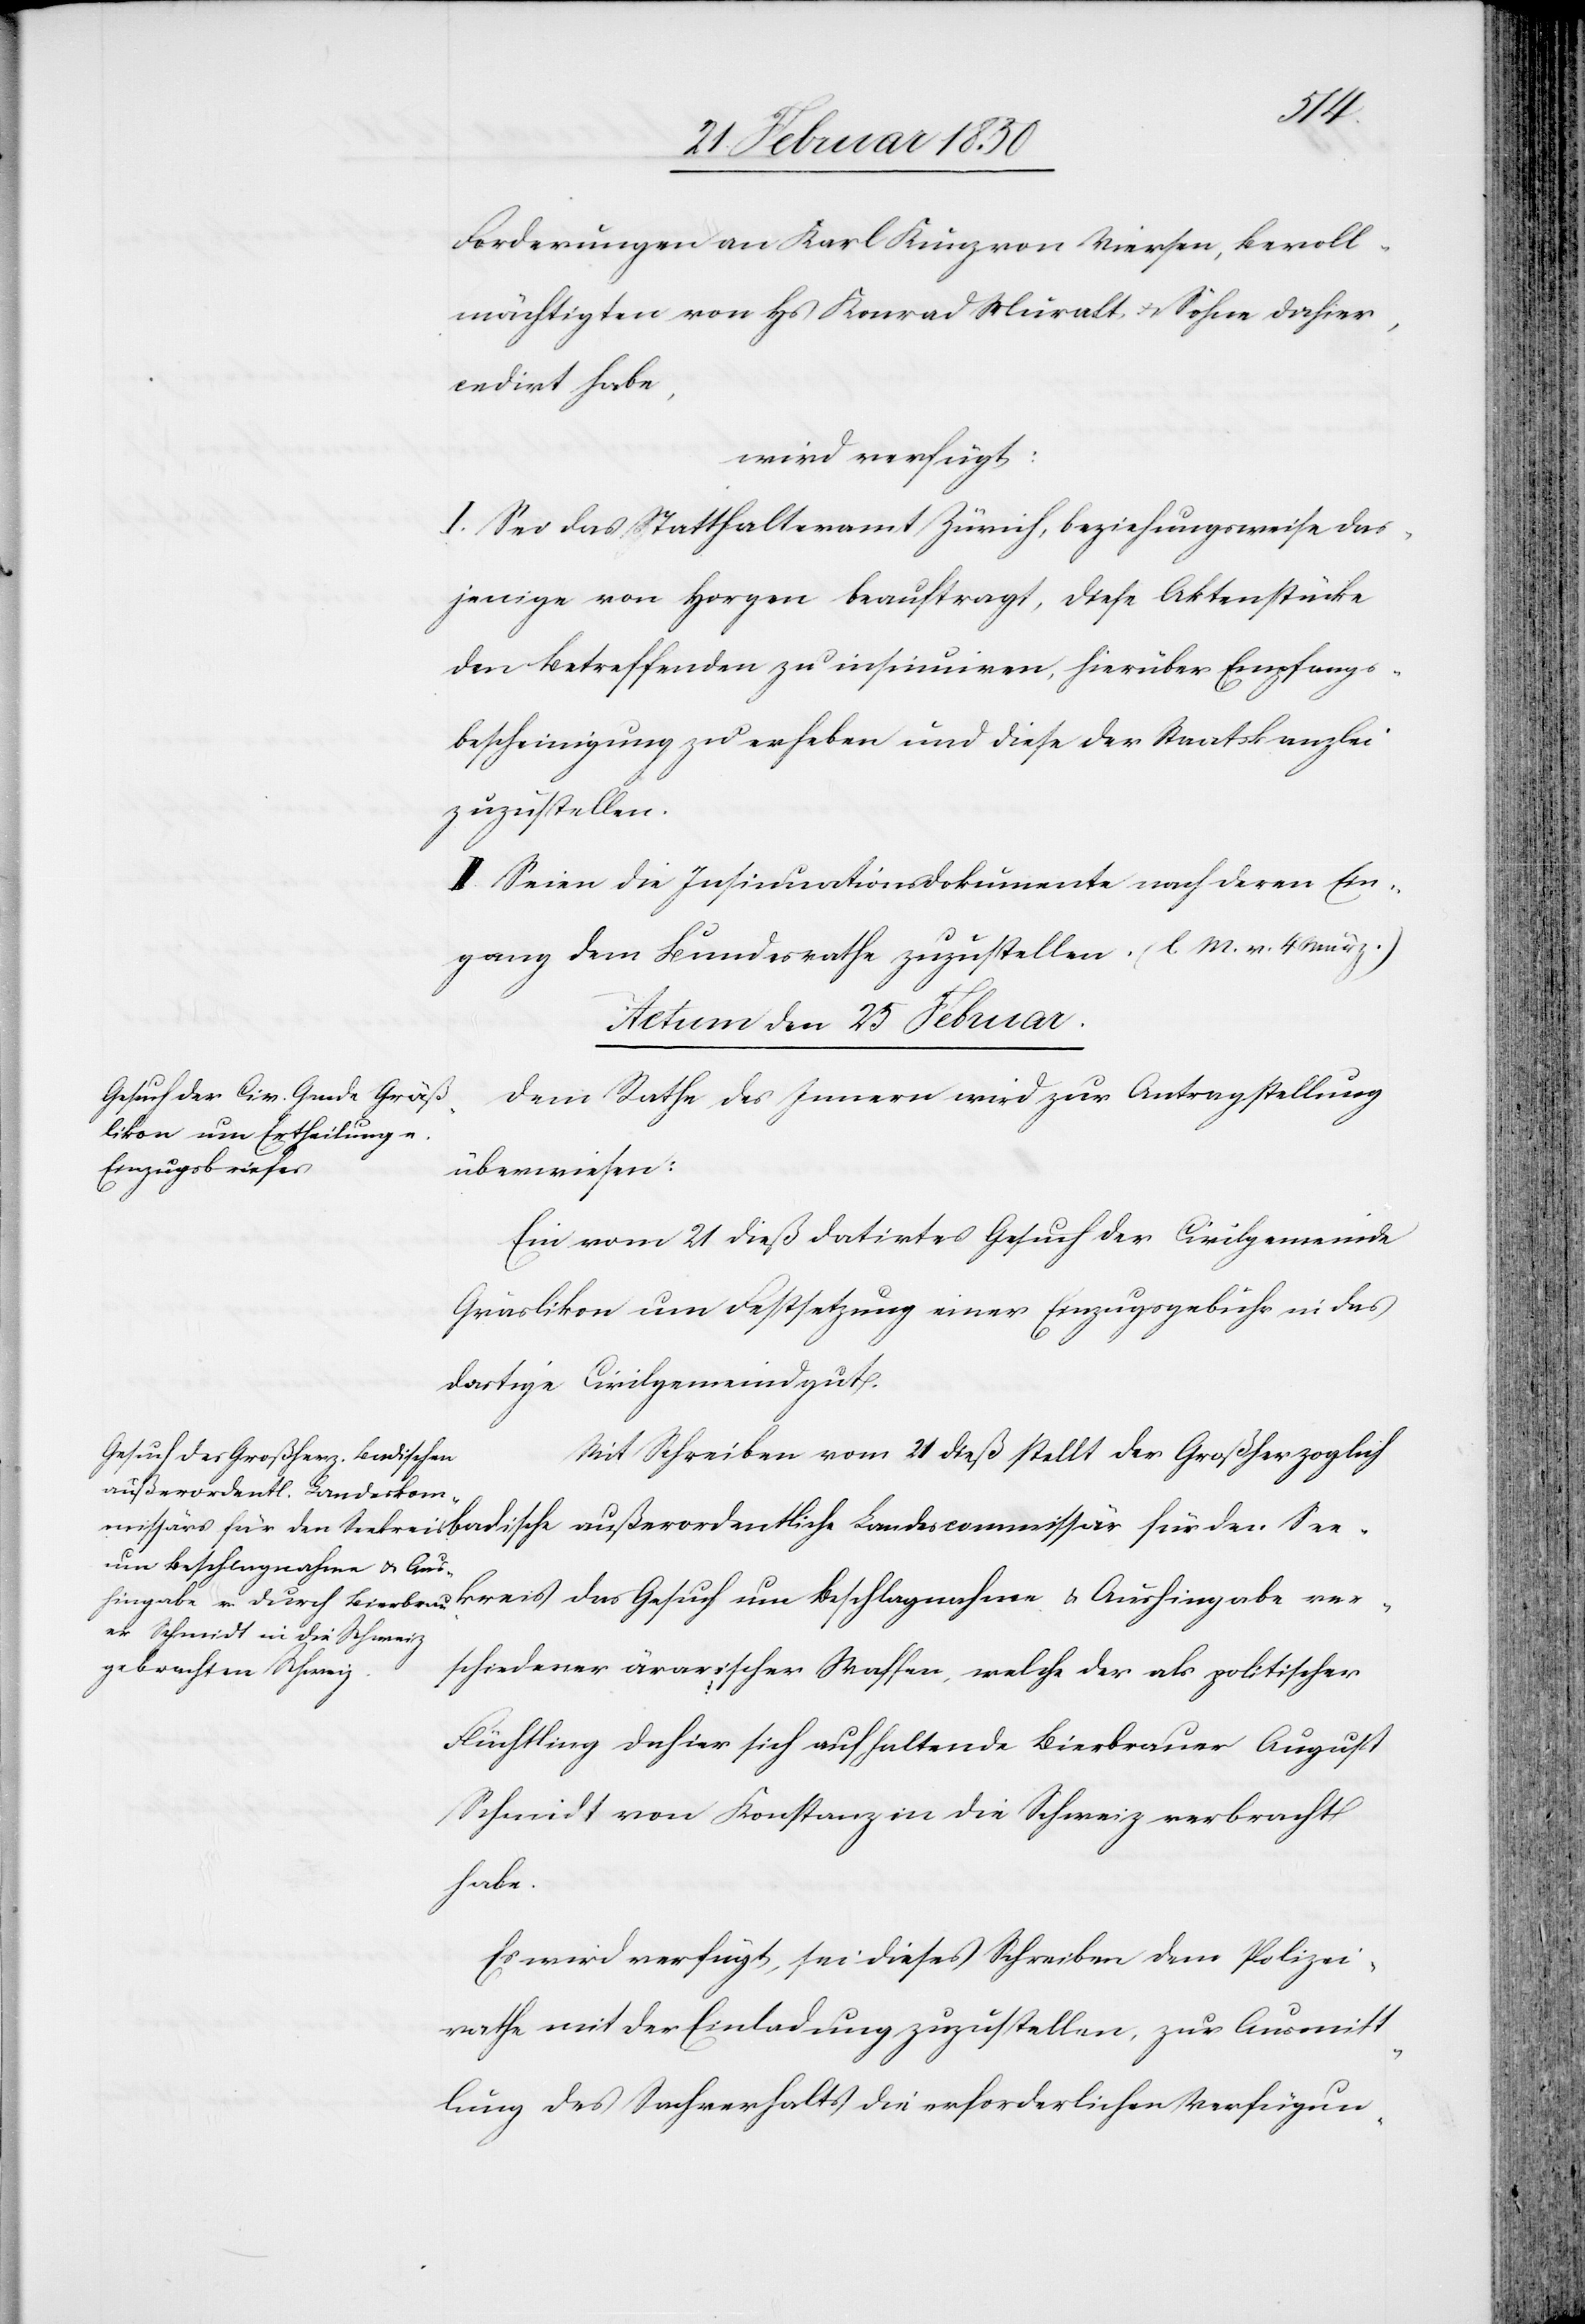
ver¬
Forderungen an Karl Kunz von Viersen, bevoll¬
mächtigten von Hs Konrad Muralt u. Söhne dahier,
cedirt habe,
wird verfügt:
I. Sei das Statthalteramt Zürich, beziehungsweise das¬
jenige von Horgen beauftragt, diese Aktenstücke
den Betreffenden zu insinuiren, hierüber Empfangs¬
bescheinigung zu erheben und diese der Staatskanzlei
zuzustellen.
II. Seien die Insinuationsdokumente nach deren Ein¬
gang dem Bundesrathe zuzustellen. (l. M. v. 4 März.)
Actum den 25 Februar.]
Dem Rathe des Innern wird zur Antragstellung
überwiesen:
Ein vom 21 dieß datirtes Gesuch der Civilgemeinde
Gräslikon um Festsetzung einer Einzugsgebühr in das
dortige Civilgemeindgut.
Mit Schreiben vom 21 dieß stellt der Großherzoglich
außerordentliche Landescom¬
um Beschlagnahme u. Aus¬
schiedener ärarischer Waffen, welche der als politischer
Flüchtling dahier sich aufhaltende Bierbrauer August
Schmidt von Konstanz in die Schweiz verbracht
habe.
Es wird verfügt, sei dieses Schreiben dem Polizei¬
rathe mit der Einladung zuzustellen, zur Ausmitt¬
lung des Sachverhalts die erforderlichen Verfügun-